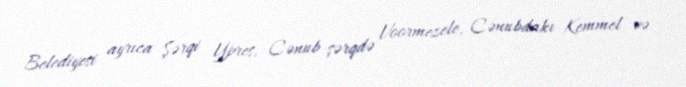
Belediyesi ayrıca Şərqi Ypres, Cənub-şərqdə Voormezele, Cənubdakı Kemmel və